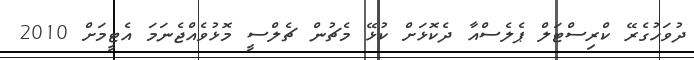
ދުވަހުގެރޭ ކްރިސްޓަލް ޕެލެސްއާ ދެކޮޅަށް ކުޅޭ މެޗުން ޗެލްސީ މޮޅުވެއްޖެނަމަ އެޓީމަށް 2010